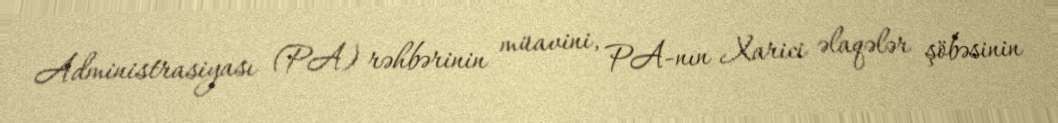
Administrasiyası (PA) rəhbərinin müavini, PA-nın Xarici əlaqələr şöbəsinin